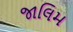
જાલિમ